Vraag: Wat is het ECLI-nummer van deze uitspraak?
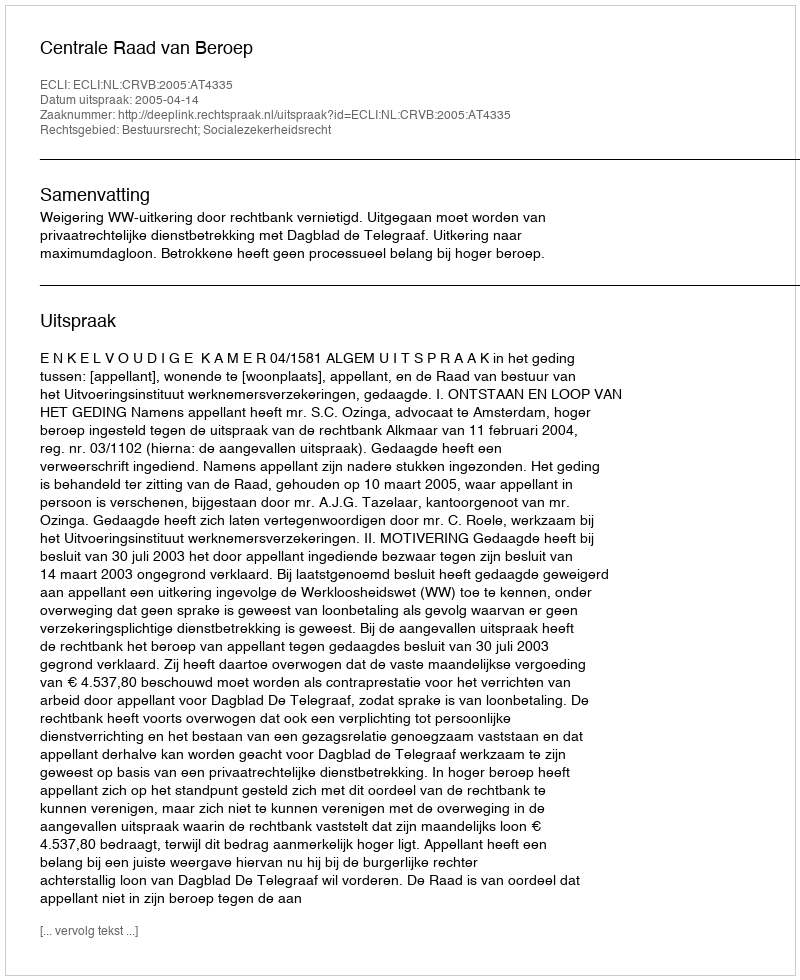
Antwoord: ECLI:NL:CRVB:2005:AT4335